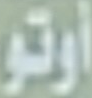
أوتو